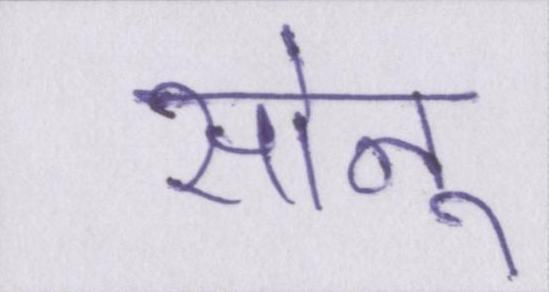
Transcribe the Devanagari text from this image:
सोनू